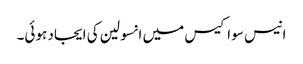
انیس سو اکیس میں انسولین کی ایجاد ہوئی۔